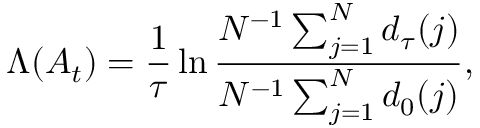
\Lambda ( A _ { t } ) = \frac { 1 } { \tau } \ln \frac { N ^ { - 1 } \sum _ { j = 1 } ^ { N } d _ { \tau } ( j ) } { N ^ { - 1 } \sum _ { j = 1 } ^ { N } d _ { 0 } ( j ) } ,